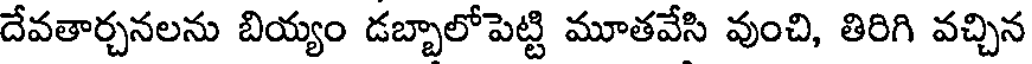
దేవతార్చనలను బియ్యం డబ్బాలోపెట్టి మూతవేసి వుంచి, తిరిగి వచ్చిన